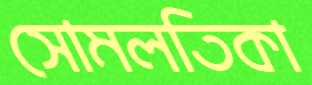
সোমলতিকা